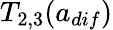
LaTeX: T_{2,3}(a_{dif})